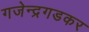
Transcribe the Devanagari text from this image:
गजेन्द्रगडकर